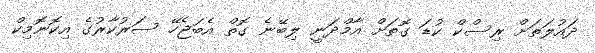
ދައުލަތަށް ރިސްކް ކުޑަ ގޮތަށް އާމްދަނީ ލިބޭނެ ގޮތް އެބަޖެހޭ ސަރުކާރުގެ އިކޮނޮމިކް